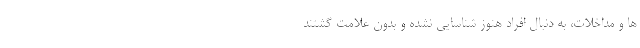
ها و مداخلات، به دنبال افراد هنوز شناسایی نشده و بدون علامت گشتند